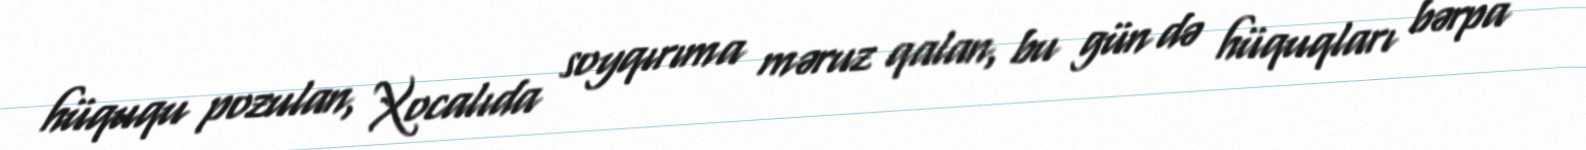
hüququ pozulan, Xocalıda soyqırıma məruz qalan, bu gün də hüquqları bərpa